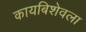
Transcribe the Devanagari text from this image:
कायबिशेवला